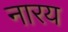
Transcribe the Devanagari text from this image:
नारय